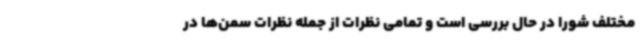
مختلف شورا در حال بررسی است و تمامی نظرات از جمله نظرات سمن‌ها در